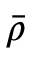
\Bar { \rho }